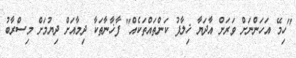
"ހިމޭ އަހަންނަށް ވަރަށް އާދަޔާ ޚިލާފު ކަންތައްތަކެއް" ފާޚާނާތަކާ ދިމާއަށް ދިޔުމަށް މިސްރާބު